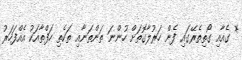
* ގެއާއި ގޯތިތެރޭގައި ފެން ހަރުލާގޮތަށް ހުންނަ ތަންތަނާއި ތަކެތި ހަފްތާއަކު އެއްފަހަރު